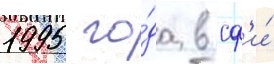
1995 го́да в сф'и́